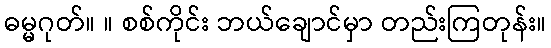
ဓမ္မဂုတ်။ ။ စစ်ကိုင်း ဘယ်ချောင်မှာ တည်းကြတုန်း။